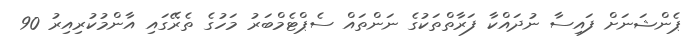
ޕެންޝަނަށް ފައިސާ ނުދައްކާ ފަރާތްތަކުގެ ނަންތައް ސެޕްޓެމްބަރު މަހުގެ ތެރޭގައި އާންމުކުރިއިރު 90